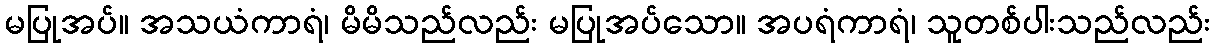
မပြုအပ်။ အသယံကာရံ၊ မိမိသည်လည်း မပြုအပ်သော။ အပရံကာရံ၊ သူတစ်ပါးသည်လည်း